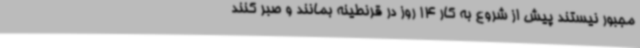
مجبور نیستند پیش از شروع به کار 14 روز در قرنطینه بمانند و صبر کنند